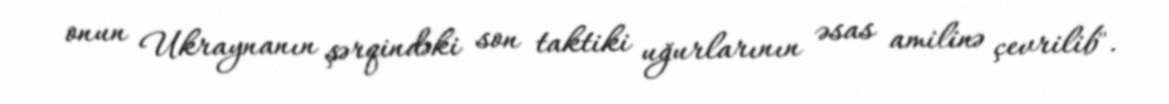
onun Ukraynanın şərqindəki son taktiki uğurlarının əsas amilinə çevrilib".